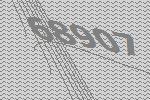
68907